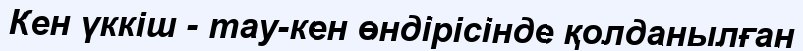
Кен үккіш - тау-кен өндірісінде қолданылған